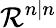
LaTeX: {\mathcal{R}}^{n|n}